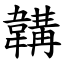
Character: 韝